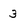
Character: 3